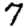
Digit: 7